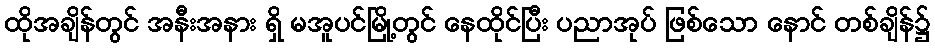
ထိုအချိန်တွင် အနီးအနား ရှိ မအူပင်မြို့တွင် နေထိုင်ပြီး ပညာအုပ် ဖြစ်သော နောင် တစ်ချိန်၌